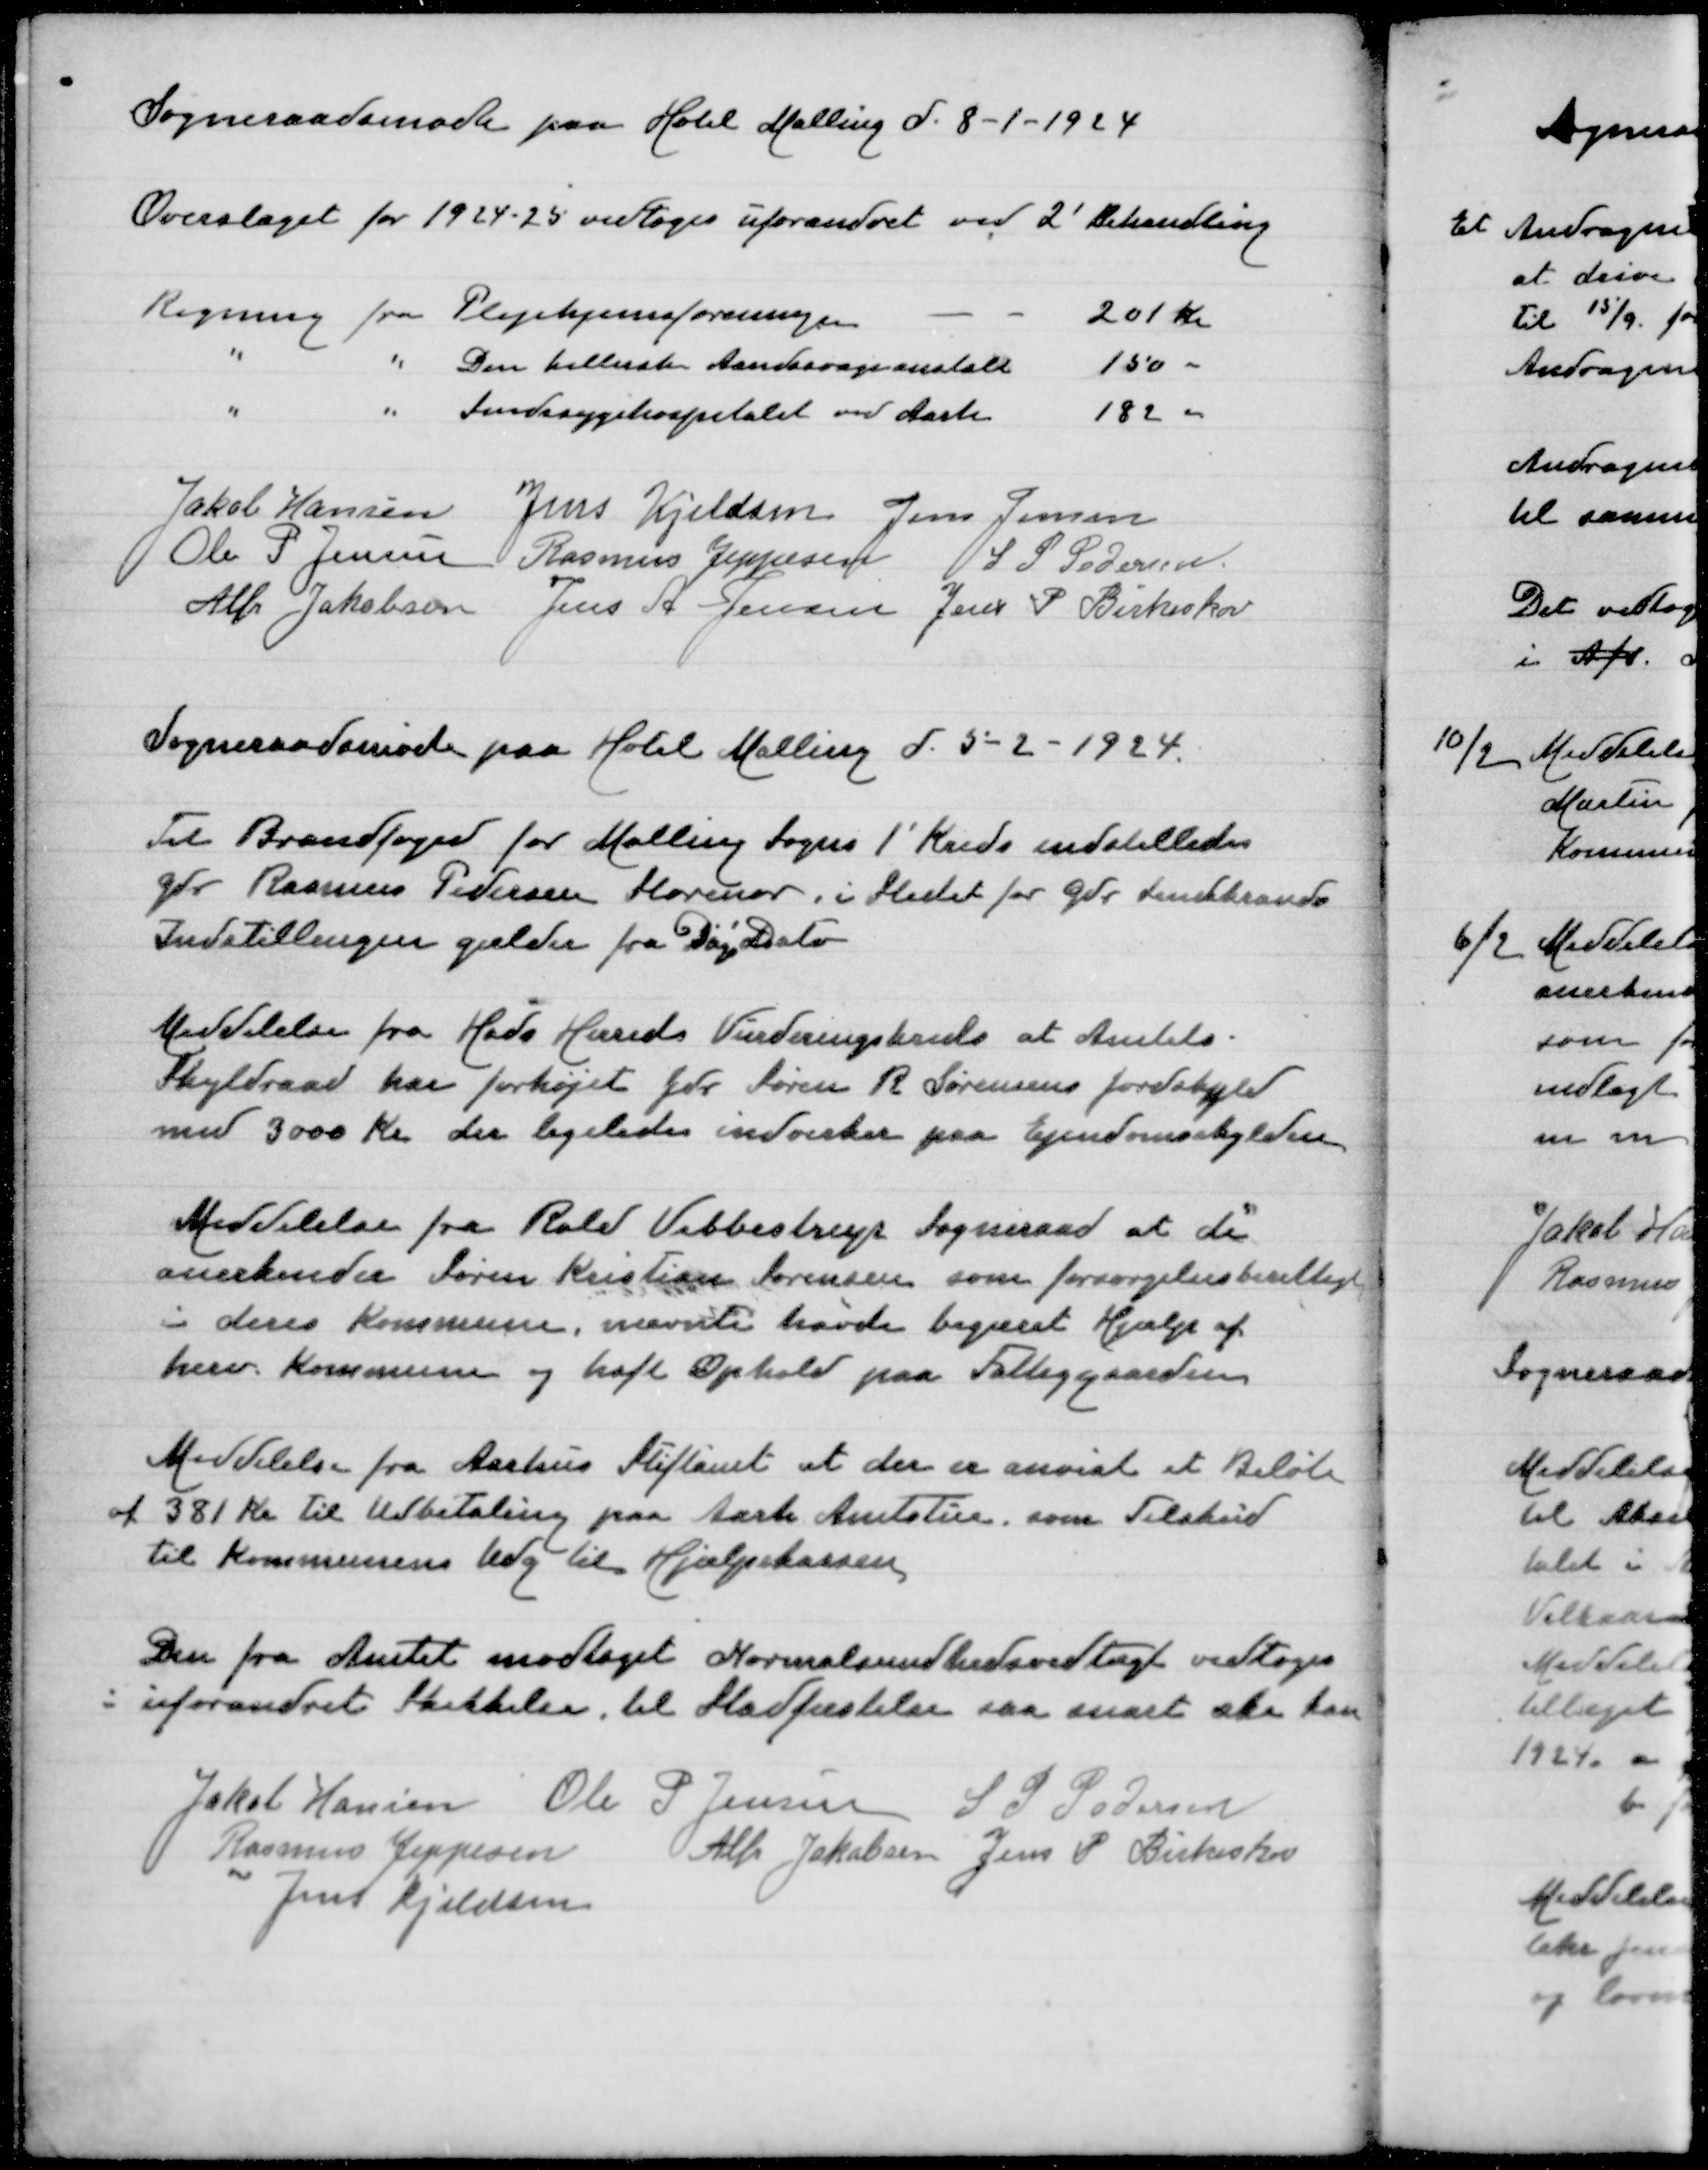
Transskription:
Sogneraadsmøde paa Hotel Malling d 8-1-1924

Overslaget for 1924-25 vedtoges uforandret ved 2' Behandling

Regning fra Plejehjemsforeningen
201 Kr
" " Den kellerske Anstalt
150 "
" " Sindsygehospitalet ved Aarhus
182 "

Jakob Hansen
Jens Kjeldsen
Jens Jensen
Ole P Jensen
Rasmus Jeppesen
S P Pedersen
Alfr Jakobsen
Jens A Jensen
Jens P Birkeskov

Sogneraadsmøde paa Hotel Malling d 5-2-1924

Til Brandfoged for Malling Sogns 1' Kreds indstilledes
Gdr Rasmus Pedersen Storenor i Stedet for Gdr Lindkrands
Indstillingen gælder fra Dags Dato

Meddelelse fra Hads Herreds Vurderingskreds at Amtets
Skyldraad har forhøjet Gdr Søren R Sørensens Jordskyld
med 3000 Kr der ligeledes indvirker paa Ejendomsskylden

Meddelelse fra Rold Vebbedrup Sogneraad at de
aerkender Søren Kristian Sørensen som forsørgelsesberettiget
i deres Kommune, nævnte har begæret Hjælp af
herv Kommune og haft Ophold paa Fattiggaarden

Meddelelse fra Aarhus Stiftamt at der er anvist et Beløb
af 381 Kr til Udbetaling paa Aarh Amtstue, som Tilskud
til Kommunens Udg til Hjælpekassen

Den fra Amtet modtaget Normalsundhedsvedtægt vedtoges
i uforandret Skikkelse til Stadfæstelse saa snart ske kan

Jakob Hansen
Ole P Jensen
S P Pedersen
Rasmus Jeppesen
Alfr Jakobsen
Jens P Birkeskov
Jens Kjeldsen